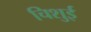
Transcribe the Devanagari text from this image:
चिशुई